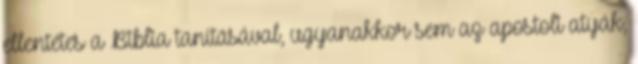
ellentétes a Biblia tanításával, ugyanakkor sem az apostoli atyák,